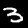
Digit: 3